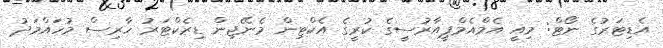
އެޑިޓަރުގެ ނޯޓް: މިއީ އެމްއެމްޕީއާރުސީގެ ކުރީގެ އެކްޓިން މެނޭޖިން ޑިރެކްޓަރު ހާރިސް މުހައްމަދު